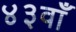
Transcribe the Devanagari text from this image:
४३वाँ